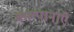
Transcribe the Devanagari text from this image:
कल्पानाएँ